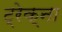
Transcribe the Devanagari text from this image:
ट्रेक्ना